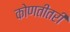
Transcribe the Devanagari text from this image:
कोणतीतरी